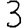
Digit: 3